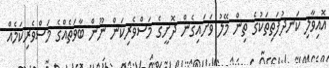
އޮއިވާލި ކަނދުފަތިތަކުގެ ތިން މޭލު ވަށައިގެން ދޮށީގެ މަސްވެރިކަން ނޫން ބާވަތެއްގެ މަސްވެރިކަމެއް